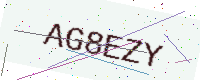
Text: AG8EZY